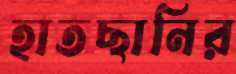
হাতছানির